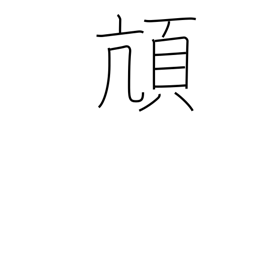
Meaning: alight